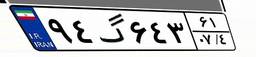
۹۴گ۶۴۳۶۱